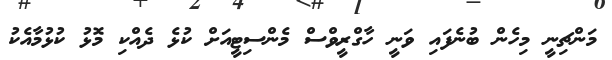
މަންޗިނީ މިހެން ބުނެފައި ވަނީ ހާގްރީވްސް މެންސިޓީއަށް ކުޅެ ދެއްކި މޮޅު ކުޅުމާއެކު